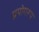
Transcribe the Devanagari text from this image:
प्रयोगरूप